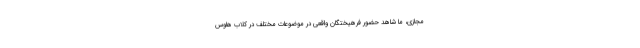
مجازی، ما شاهد حضور فرهیختگان واقعی در موضوعات مختلف در کِلاب هاوس